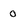
Character: 0